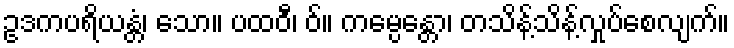
ဥဒကပရိယန္တံ၊ သော။ ပထဝီ၊ ဝ်။ ကမ္ပေန္တော၊ တသိန့်သိန့်လှုပ်စေလျက်။